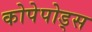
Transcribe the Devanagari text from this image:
कोपेपोड्स